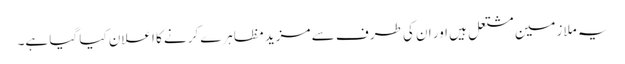
یہ ملازمین مشتعل ہیں اور ان کی طرف سے مزید مظاہرے کرنے کا اعلان کیا گیا ہے۔